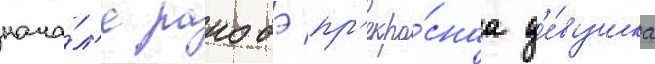
нача́л'е ранобэ пр'екра́снаа д'е́вушка